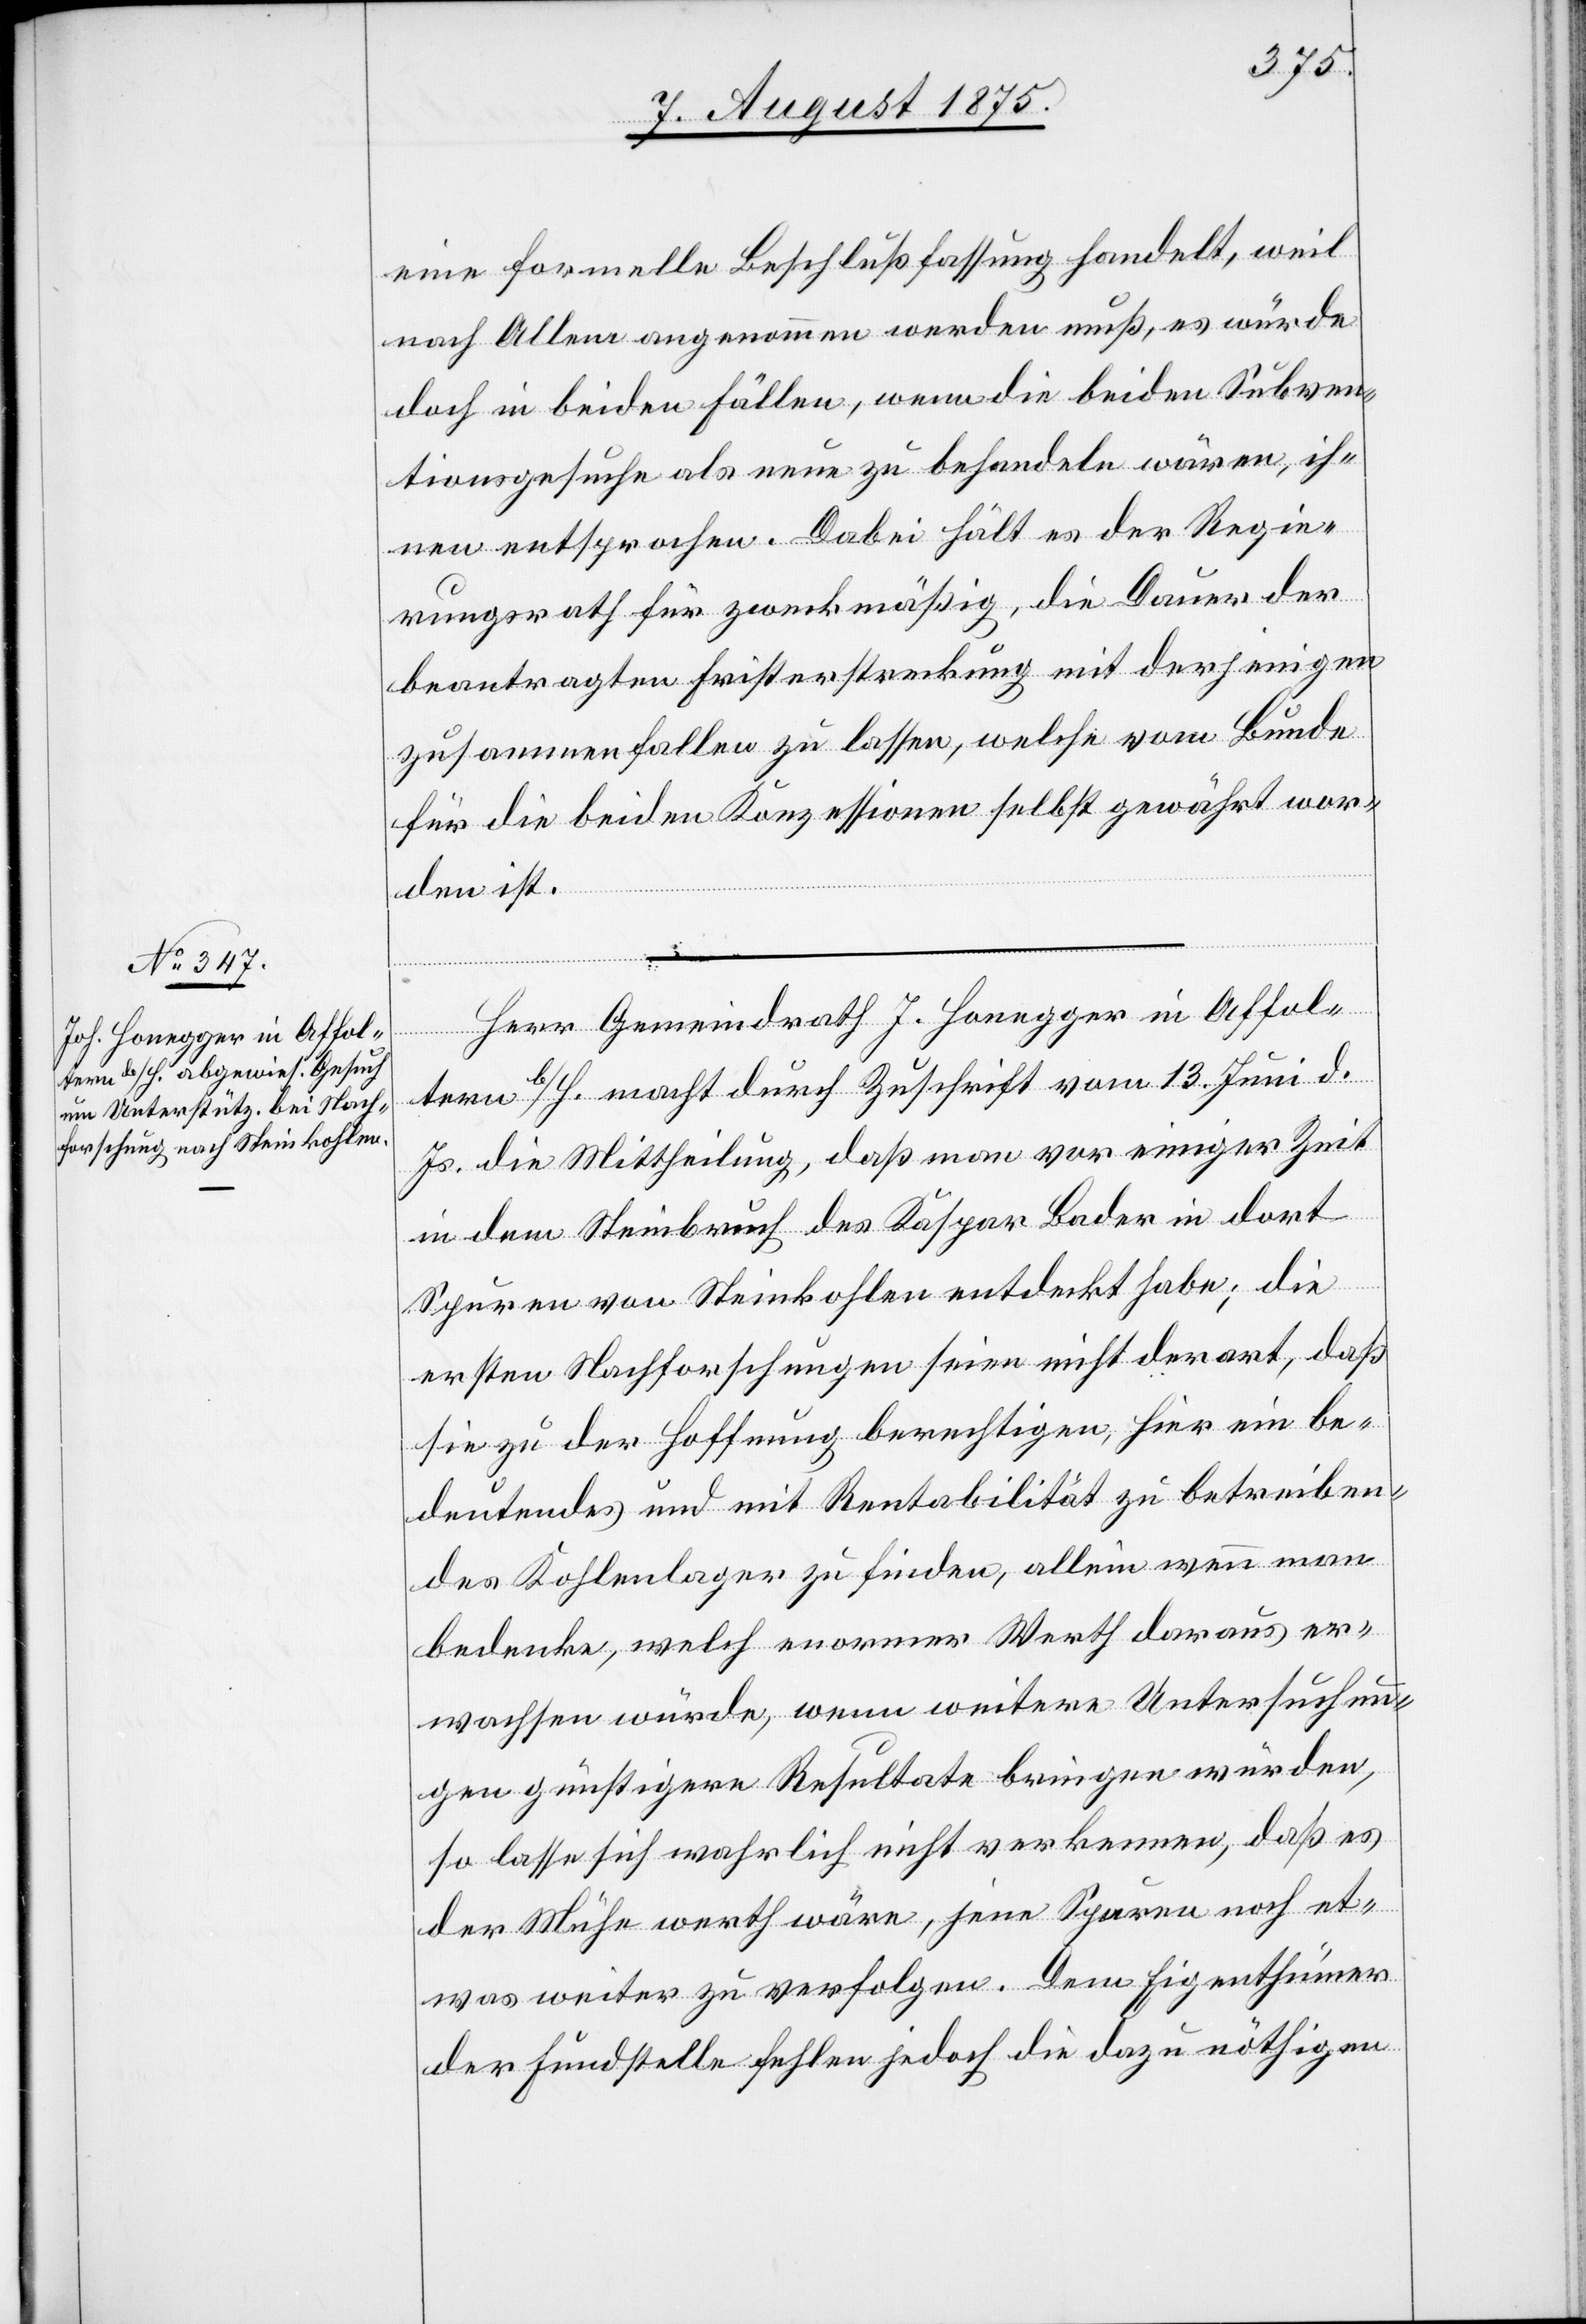
eine formelle Beschlußfassung handelt, weil
nach Allem angenommen werden muß, es würde
doch in beiden Fällen, wenn die beiden Subven¬
tionsgesuche als neue zu behandeln wären, ih¬
nen entsprochen. Dabei hält es der Regie¬
rungsrath für zweckmäßig, die Dauer der
beantragten Fristerstreckung mit derjenigen
zusammenfallen zu lassen, welche vom Bunde
für die beiden Konzessionen selbst gewährt wor¬
den ist.
Herr Gemeindrath J. Honegger in Affol¬
tern b/H. macht durch Zuschrift vom 13. Juni d.
Js. die Mittheilung, daß man vor einiger Zeit
in dem Steinbruch des Kaspar Bader in dort
Spuren von Steinkohlen entdeckt habe; die
ersten Nachforschungen seien nicht derart, daß
sie zu der Hoffnung berechtigen, hier ein be¬
deutendes und mit Rentabilität zu betreiben¬
des Kohlenlager zu finden, allein wenn man
bedenke, welch enormer Werth daraus er¬
wachsen würde, wenn weitere Untersuchun¬
gen günstigere Resultate bringen würden,
so lasse sich wahrlich nicht verkennen, daß es
der Mühe werth wäre, jene Spuren noch et¬
was weiter zu verfolgen. Dem Eigenthümer
der Fundstelle fehlen jedoch die dazu nöthigen